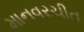
માનવરચીત